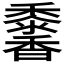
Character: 𩡠